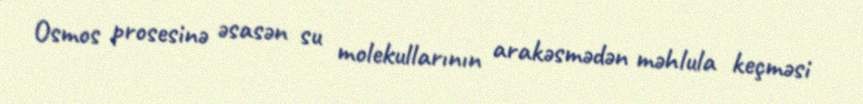
Osmos prosesinə əsasən su molekullarının arakəsmədən məhlula keçməsi